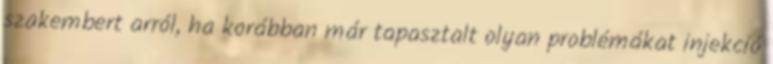
szakembert arról, ha korábban már tapasztalt olyan problémákat injekció